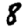
Digit: 8